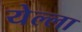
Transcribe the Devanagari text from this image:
येल्ला